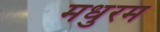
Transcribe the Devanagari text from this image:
मधुरम